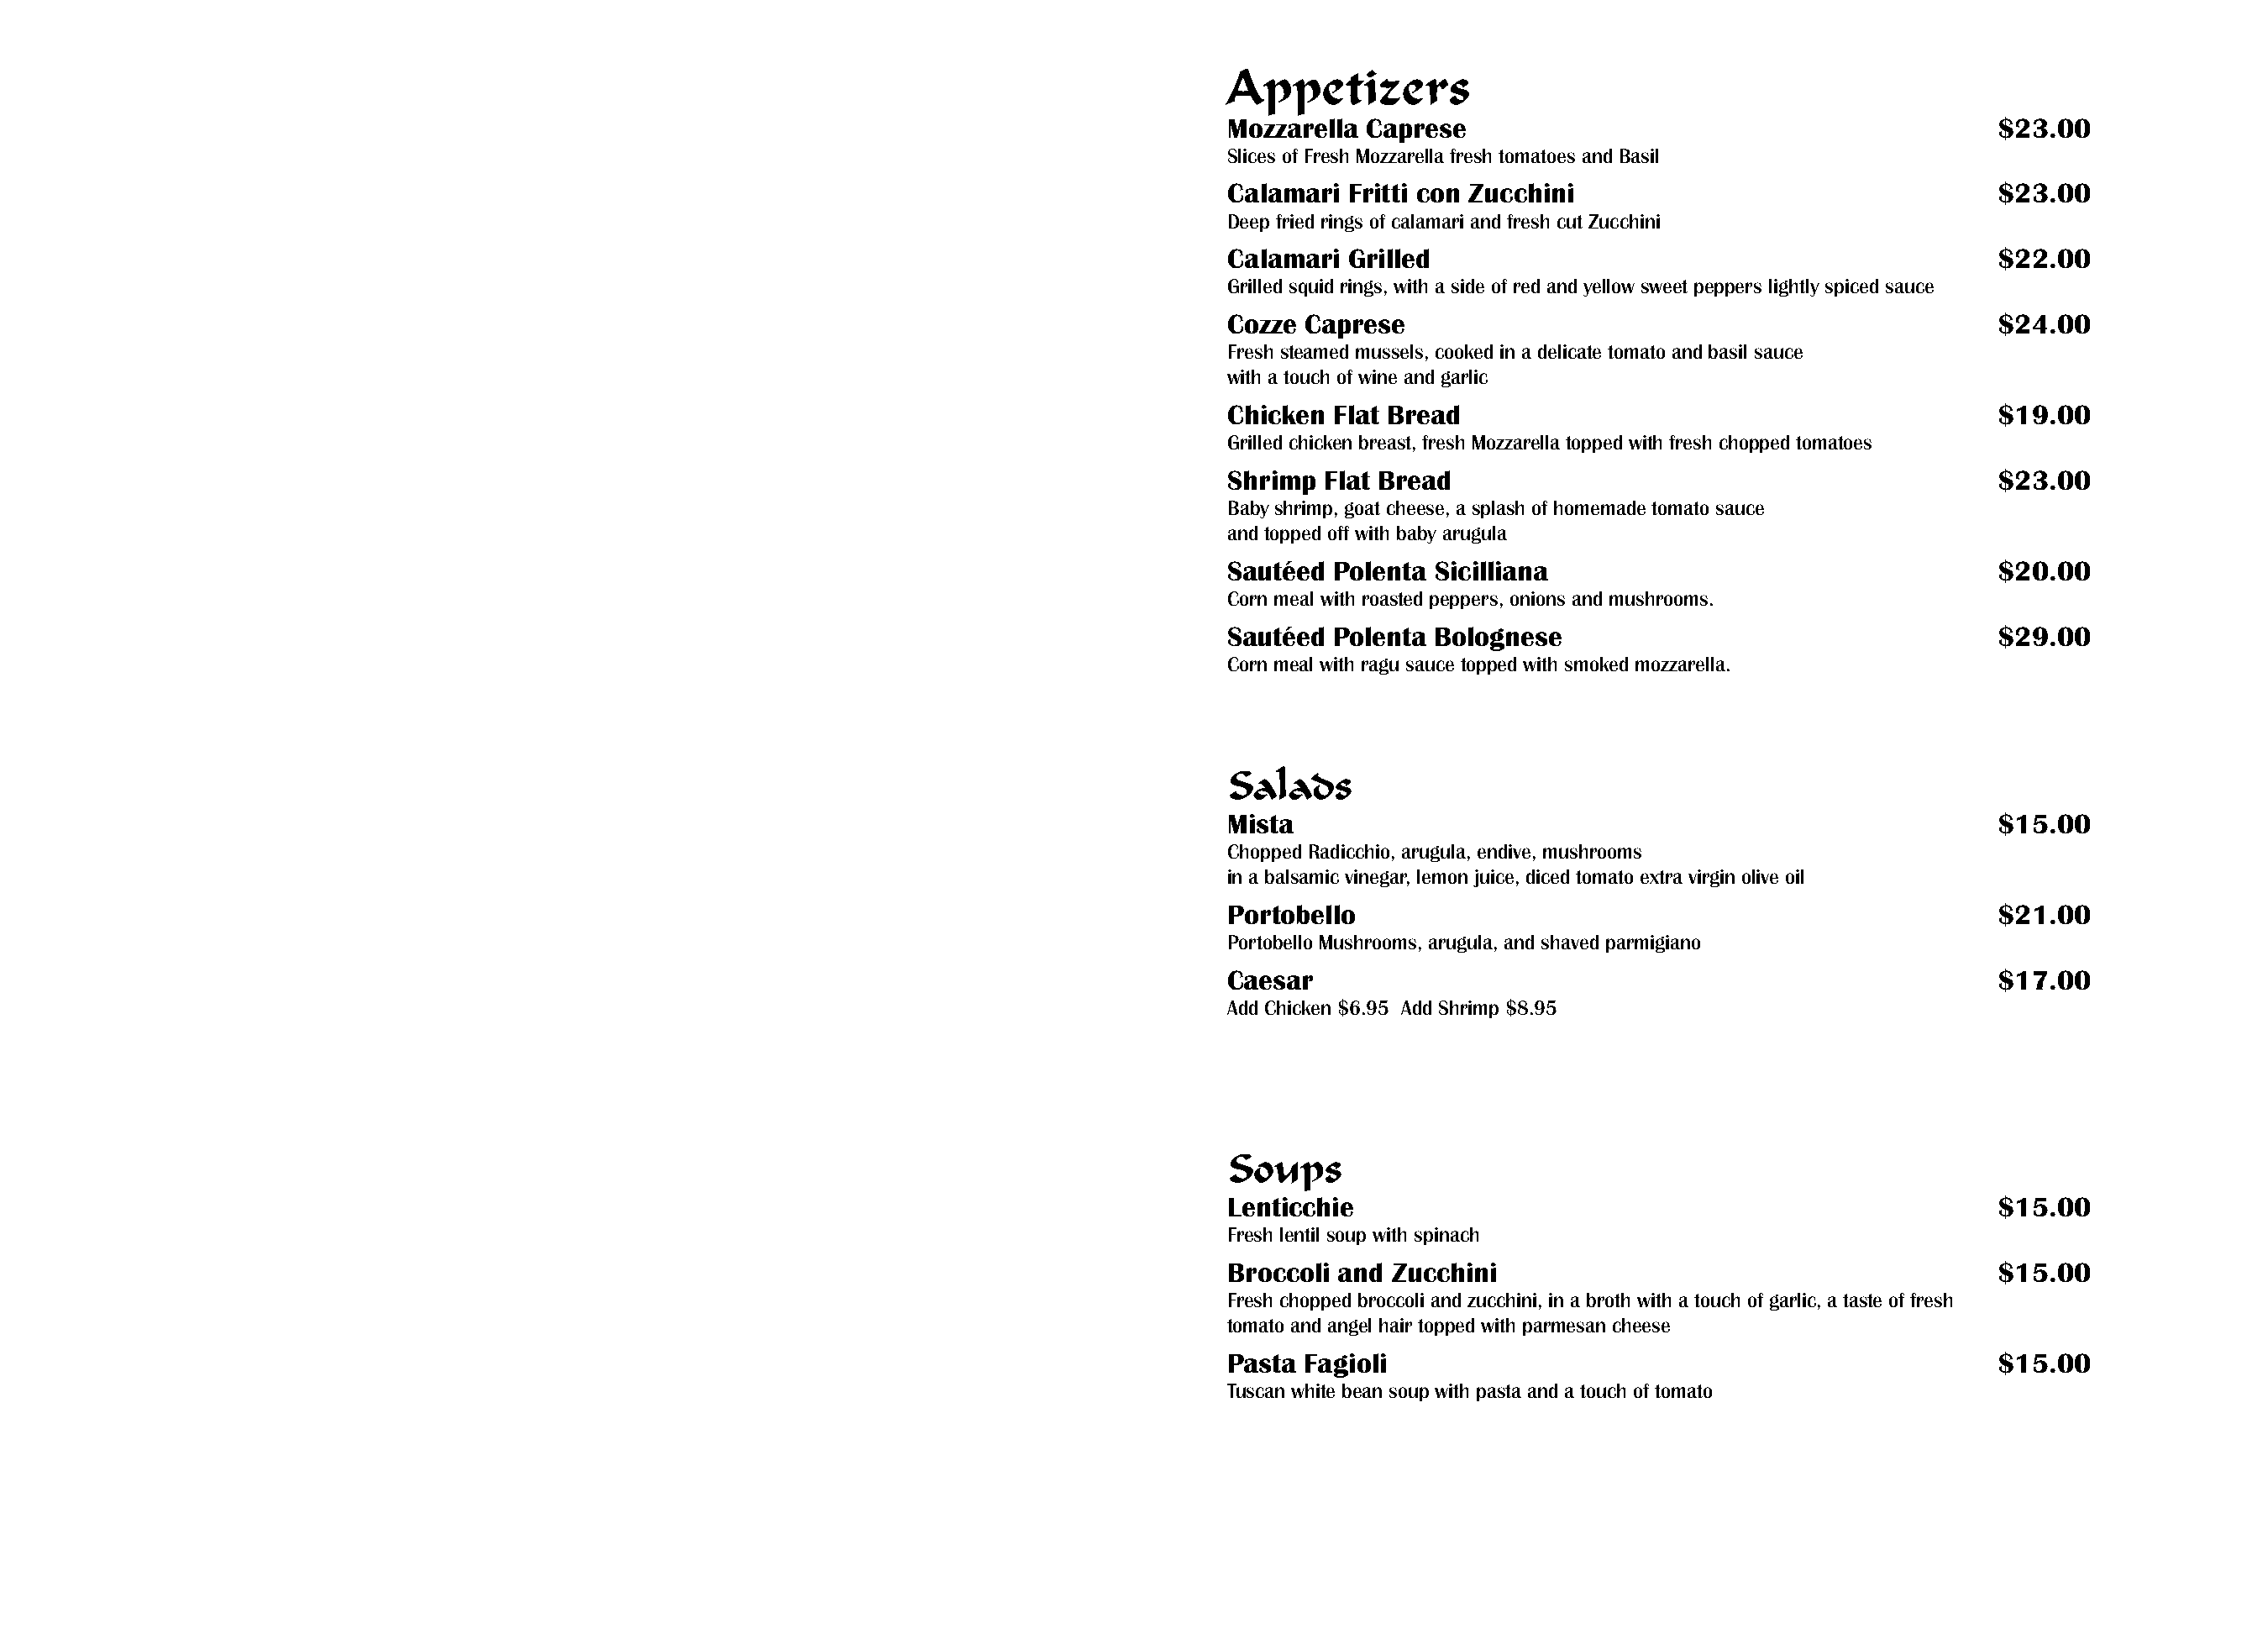
Appetizers
 Mozzarella Caprese                                          $23.00
 Slices of Fresh Mozzarella fresh tomatoes and Basil
 Calamari Fritti con Zucchini                                $23.00
 Deep fried rings of calamari and fresh cut Zucchini
 Calamari Grilled                                            $22.00
 Grilled squid rings, with a side of red and yellow sweet peppers lightly spiced sauce
 Cozze Caprese                                               $24.00
 Fresh steamed mussels, cooked in a delicate tomato and basil sauce
 with a touch of wine and garlic
 Chicken Flat Bread                                          $19.00
 Grilled chicken breast, fresh Mozzarella topped with fresh chopped tomatoes
 Shrimp Flat Bread                                           $23.00
 Baby shrimp, goat cheese, a splash of homemade tomato sauce
 and topped off with baby arugula
 Sautéed Polenta Sicilliana                                  $20.00
 Corn meal with roasted peppers, onions and mushrooms.
 Sautéed Polenta Bolognese                                   $29.00
 Corn meal with ragu sauce topped with smoked mozzarella.
 Salads
 Mista                                                       $15.00
 Chopped Radicchio, arugula, endive, mushrooms
 in a balsamic vinegar, lemon juice, diced tomato extra virgin olive oil
 Portobello                                                  $21.00
 Portobello Mushrooms, arugula, and shaved parmigiano
 Caesar                                                      $17.00
 Add Chicken $6.95 Add Shrimp $8.95
 Soups
 Lenticchie                                                  $15.00
 Fresh lentil soup with spinach
 Broccoli and Zucchini                                       $15.00
 Fresh chopped broccoli and zucchini, in a broth with a touch of garlic, a taste of fresh
 tomato and angel hair topped with parmesan cheese
 Pasta Fagioli                                               $15.00
 Tuscan white bean soup with pasta and a touch of tomato